Tezpur Lunatic Asylum reports 1877-1894 - 1877-1894
Year: 1877
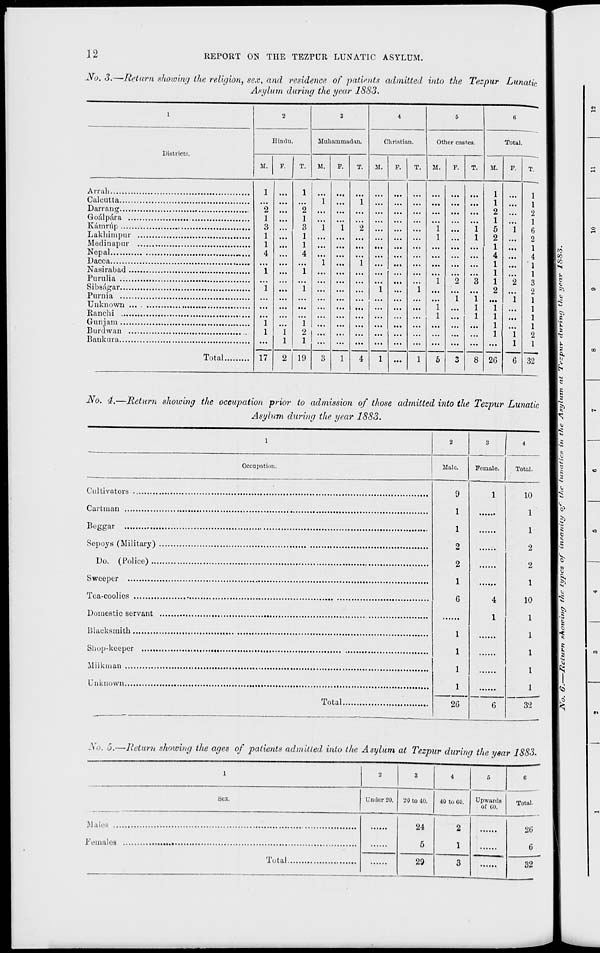
12
REPORT ON THE TEZI>CR LUNATIC ASYLUM.
No. 3.—Return showing the religion, sex, and residence of patients admitted into the Tezpur Lunatic,
Asylum during the year 1883.
1
2
3
4
6
<i
Districts.
Hindu.
Muhammadan.
Christian.
Other castes.
Total.
M.
p.
T.
M,
F.
T.
SI.
F.
T.
M.
F.
T.
M. F. T.
1
"i
I
3
I
I
4
i
"i
"i
I
1
1
1
"2
1
3
1
1
4
"i
"i
"i
2
1
1
"i
"i
1
"i
"2
"i
"i
...
"i
1
1
1
"i
1
*2
"i
"i
1
"3
1
1
1
1
1
2
1
5
2
1
4
1
1
1
2
"l
1
1
1
"i
"2
"i
"i
1
1
1
2
1
f5
2
1
4
1
1
3
2
1
1
1
1
2
1
Total
17
2 19
3
1
4
1 ...
1
5
3
8 2G
6 32
No. 4.—Return showing the occupation prior to admission of those admitted into the Tezpur Lunatic
Asylum during the year 1883.
Cultivators
Cartman
Beggar
Sepoys (Military)
Do. (Police) ...
Sweeper
Tea-coolies
Domestic servant
Blacksmith
Shop-keeper
Milkman
Unknown.
Occupation,
Total,
Male.
1
o
2
2G
Female.
4
1
Total.
10
1
1
2
2
1
10
32
No. 5.- -Return showing the ages of patients admitted into the Asylum at Tezpur during the year 1883.
1
2
3
4
o
G
Sex.
Under 20.
20 to 40.
40 to CO.
Upwards
of CO.
Total.
24
5
2
1
20
6
I'V 111 ales
Total
29
3
32